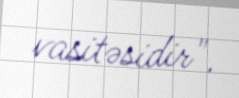
vasitəsidir".